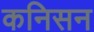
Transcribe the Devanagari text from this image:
कनिसन